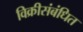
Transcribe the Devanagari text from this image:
विक्रीसंबंधित